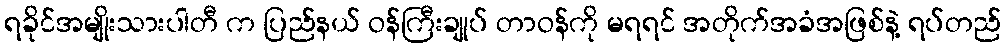
ရခိုင်အမျိုးသားပါတီ က ပြည်နယ် ဝန်ကြီးချုပ် တာဝန်ကို မရရင် အတိုက်အခံအဖြစ်နဲ့ ရပ်တည်